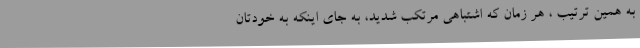
به همین ترتیب ، هر زمان که اشتباهی مرتکب شدید، به جای اینکه به خودتان